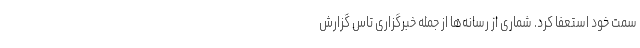
سمت خود استعفا کرد. شماری از رسانه‌ها از جمله خبرگزاری تاس گزارش